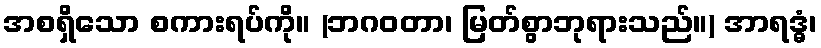
အစရှိသော စကားရပ်ကို။ (ဘဂဝတာ၊ မြတ်စွာဘုရားသည်။) အာရဒ္ဓံ၊